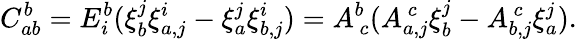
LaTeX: C_{ab}^{b}=E_{i}^{b}(\xi_{b}^{j}\xi_{a,j}^{i}-\xi_{a}^{j}\xi_{b,j}^{i})=A_{~c}^{b}(A_{a,j}^{~c}\xi_{b}^{j}-A_{b,j}^{~c}\xi_{a}^{j}).